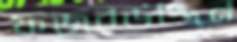
ফজরউদ্দিন